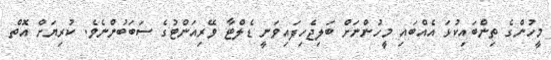
މީހުންގެ ތިންބައިކުޅަ އެއްބައި މީހުންނަށް ބަލިޖެހިފައިވަނީ ޑެލްޓާ ވޭރިއަންޓުގެ ސަބަބުންނެވެ. ކުރިޔަށް އޮތް